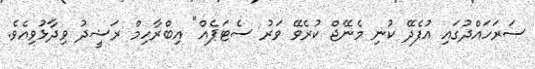
ސަރަހައްދުގައި އުފެދޭ ކުނި މެނޭޖް ކުރެވޭ ވަރު ސެޓަޕެއް" އިބްރާހިމް ރަޝީދު ވިދާޅުވިއެވެ.